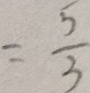
= \frac { 5 } { 3 }